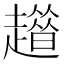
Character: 𧾀